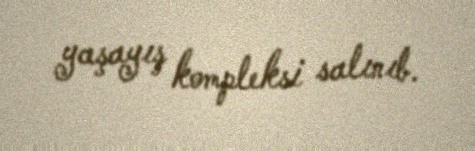
yaşayış kompleksi salınıb.